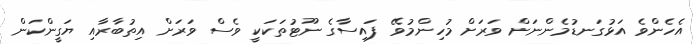
އެހެންވެ އަޅުގަނޑުމެންނަށް ވަރަށް މުހިންމުވޭ ފައިސާގެ ނޫޓުތަކަކީ ވެސް ވަރަށް އިތުބާރާއި ޔަގީންކަން